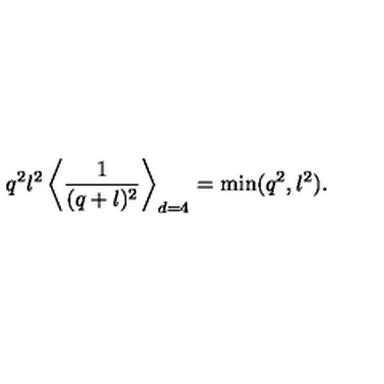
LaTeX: q ^ { 2 } l ^ { 2 } \left\langle { \frac { 1 } { ( q + l ) ^ { 2 } } } \right\rangle _ { d = 4 } = \min ( q ^ { 2 } , l ^ { 2 } ) .